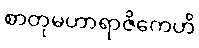
စာတုမဟာရာဇိကေဟိ